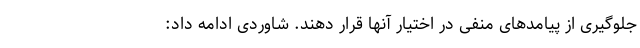
جلوگیری از پیامدهای منفی در اختیار آنها قرار دهند. شاوردی ادامه داد: